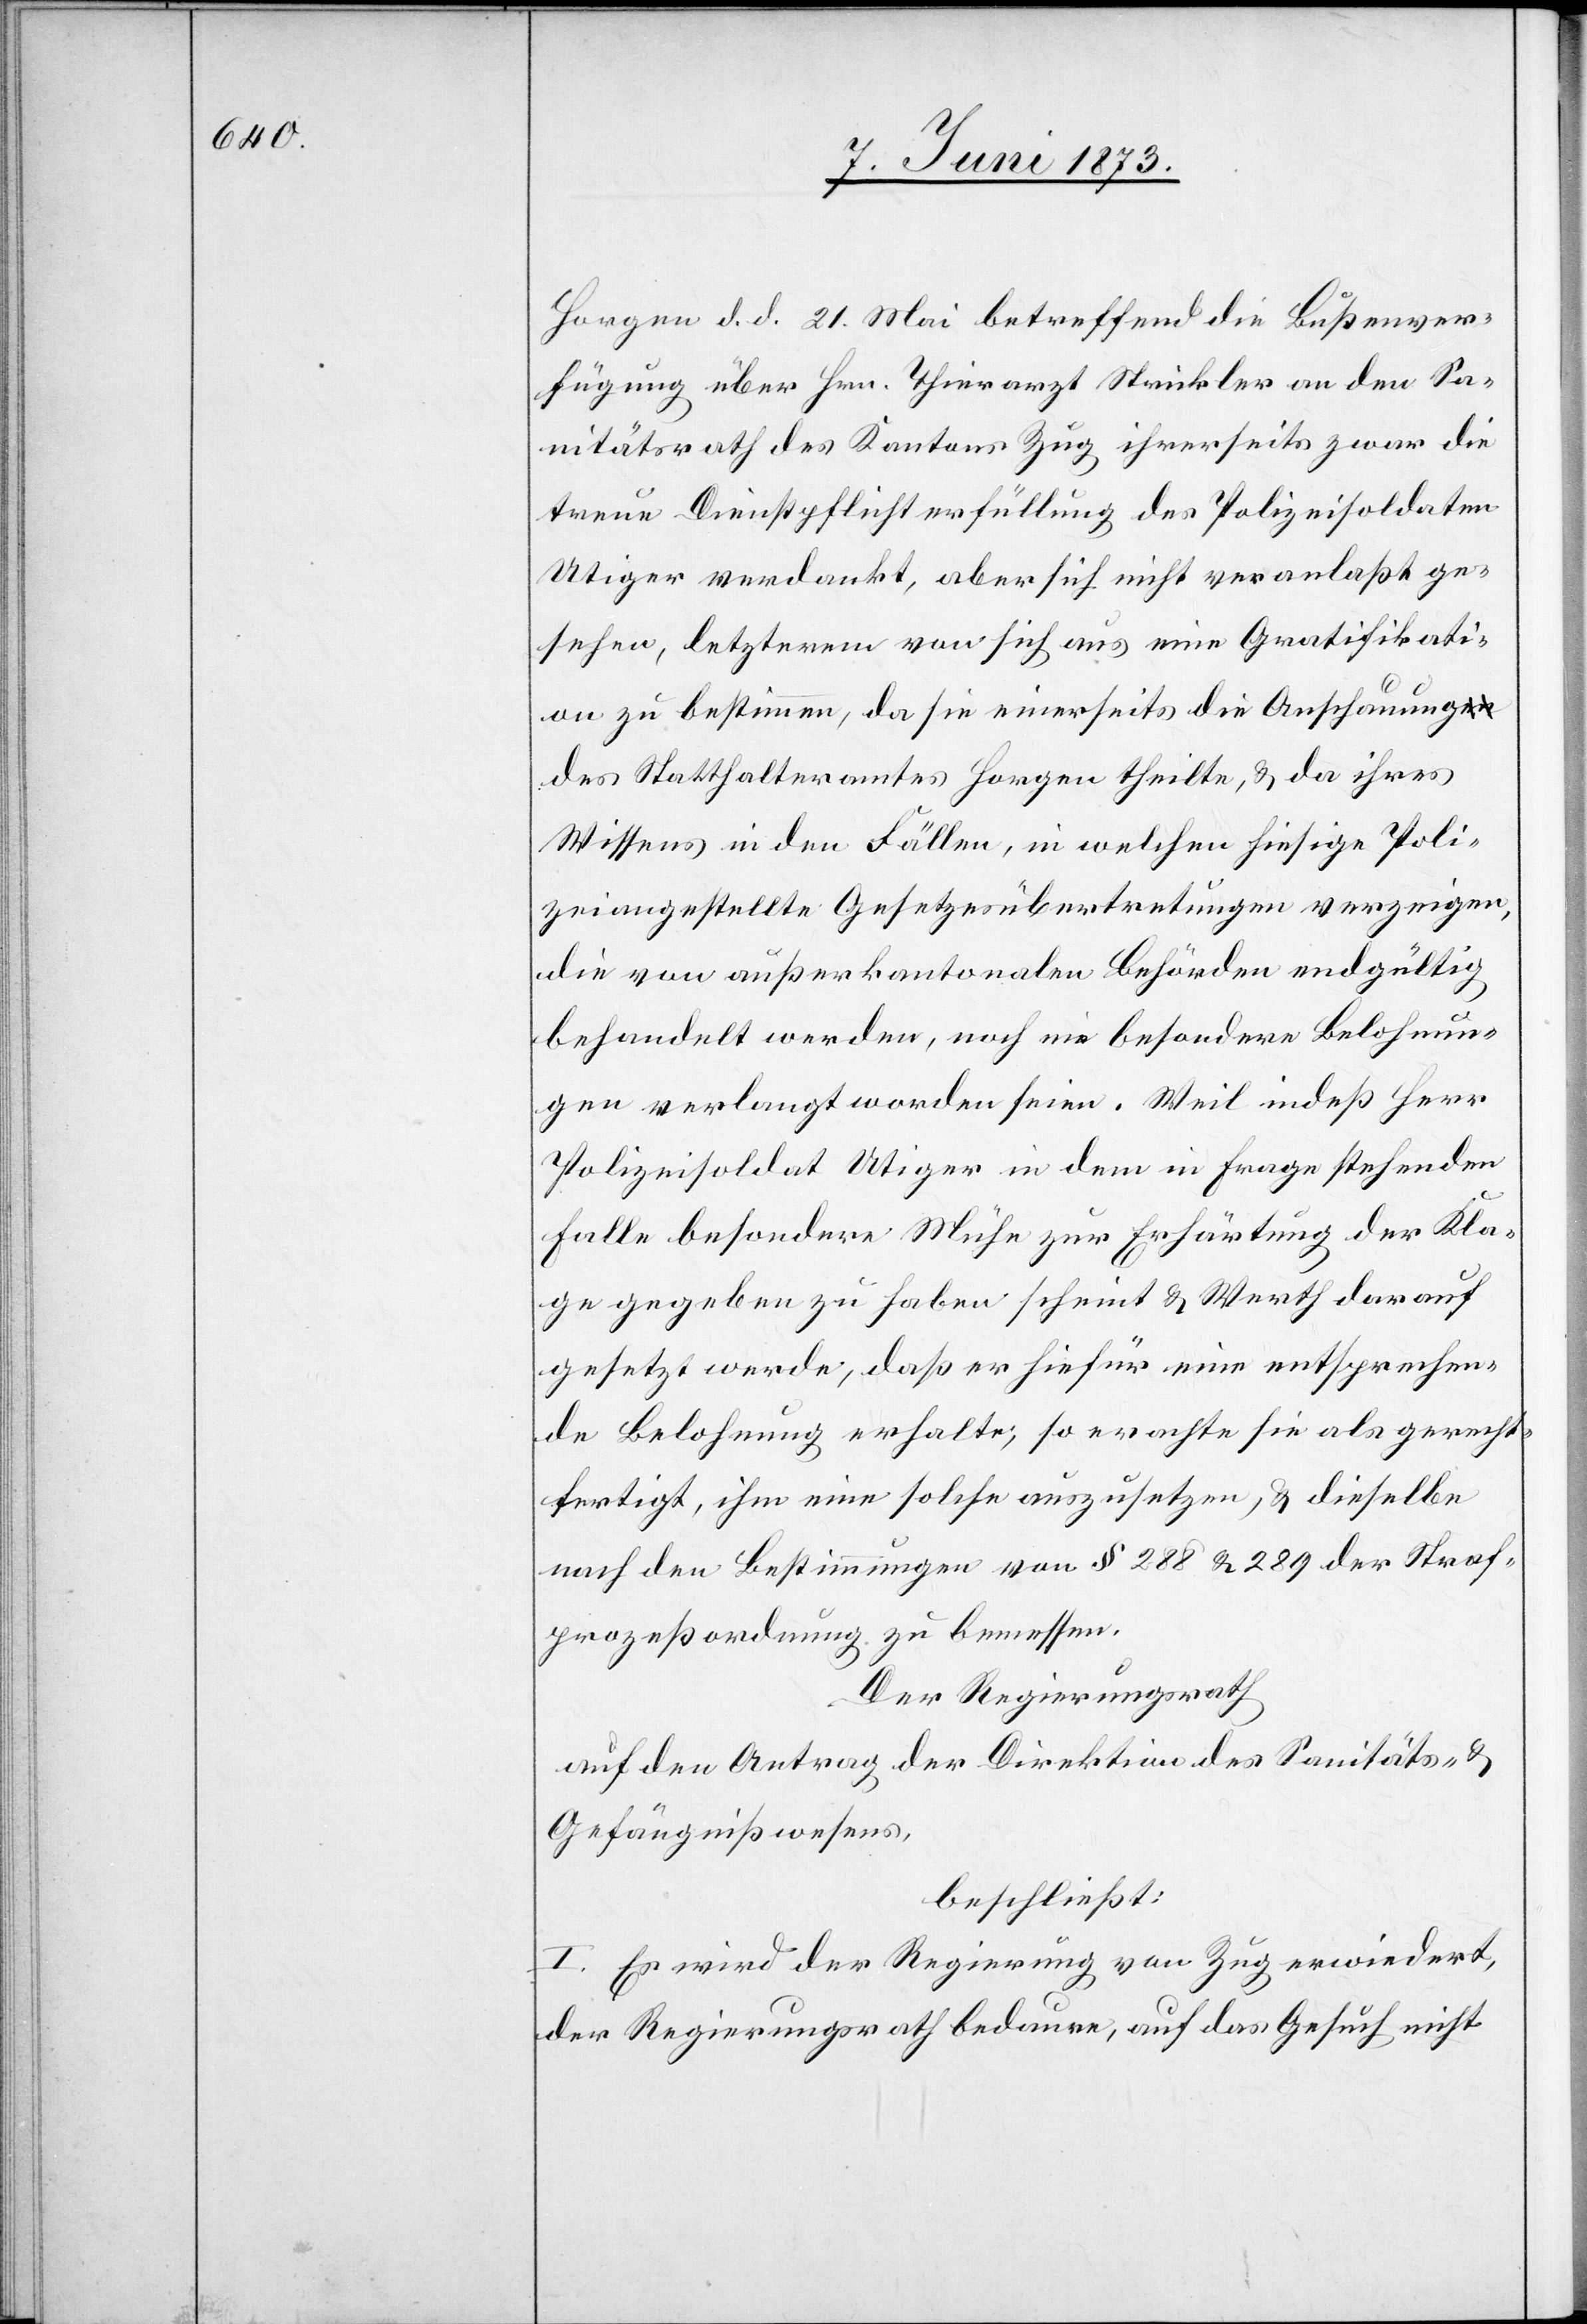
Horgen d. d. 21. Mai betreffend die Bußenver¬
fügung über Hrn. Thierarzt Strickler an den Sa¬
nitätsrath des Kantons Zug ihrerseits zwar die
treue Dienstpflichterfüllung des Polizeisoldaten
Utiger verdankt, aber sich nicht veranlaßt ge¬
sehen, letzterem von sich aus eine Gratifikati¬
on zu bestimmen, da sie einerseits die Anschauung
des Statthalteramtes Horgen theilte, & da ihres
Wissens in den Fällen, in welchen hiesige Poli¬
zeiangestellte Gesetzesübertretungen verzeigen,
die von außerkantonalen Behörden endgültig
behandelt werden, noch nie besondere Belohnun¬
gen verlangt worden seien. Weil indeß Herr
Polizeisoldat Utiger in dem in Frage stehenden
Falle besondere Mühe zur Erhärtung der Kla¬
ge gegeben zu haben scheint & Werth darauf
gesetzt werde, daß er hiefür eine entsprechen¬
de Belohnung erhalte, so erachte sie als gerecht¬
fertigt, ihm eine solche auszusetzen, & dieselbe
nach den Bestimmungen von § 288 & 289 der Straf¬
prozeßordnung zu bemessen.
Der Regierungsrath
auf den Antrag der Direktion des Sanitäts- &
Gefängnißwesens,
beschließt:
I. Es wird der Regierung von Zug erwiedert,
der Regierungsrath bedaure, auf das Gesuch nicht